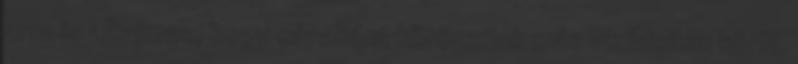
arra is alkalmas, hogy cápaként körözzünk más vízibiciklik körül,